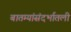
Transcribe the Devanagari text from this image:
बातम्यांसंदर्भातली